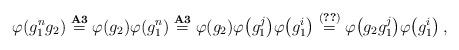
LaTeX: \begin{align*} \varphi (g^{n}_1 g_2) \overset{{\bf A3}}{=} \varphi (g_2) \varphi (g^{n}_1) \overset{{\bf A3}}{=} \varphi (g_2) \varphi \big( g^{j}_1 \big) \varphi \big( g^{i}_1 \big) \overset{(\ref{eq:9})}{=} \varphi \big( g_2 g^{j}_1 \big) \varphi \big( g^{i}_1 \big) \,,\end{align*}